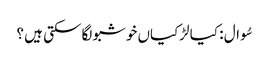
سُوال : کیا لڑکیاں خوشبو لگا سکتی ہیں ؟